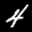
Label: 4